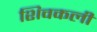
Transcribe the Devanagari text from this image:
शिवकली